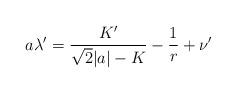
LaTeX: \begin{align*}a\lambda'=\frac{K'}{\sqrt{2}|a|-K}-\frac{1}{r}+\nu'\end{align*}